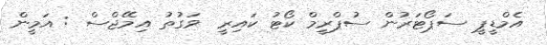
އެމްޑީޕީ ސަޕޯޓަރުން ސުޕްރީމް ކޯޓު ކައިރީ  ވަގުތު އިމޭޖްސް : އަމީން